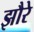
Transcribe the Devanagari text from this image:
झौरे